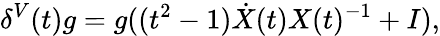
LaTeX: \delta^{V}(t)g=g((t^{2}-1)\dot{X}(t)X(t)^{-1}+I),